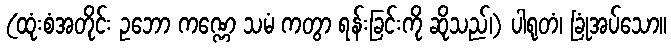
(ထုံးစံအတိုင်း ဥဘော ကဏ္ဏေ သမံ ကတွာ ရန်းခြင်းကို ဆိုသည်၊) ပါရုတံ၊ ခြုံအပ်သော။